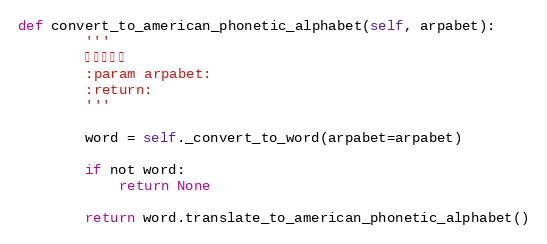
Language: Python
def convert_to_american_phonetic_alphabet(self, arpabet):
        '''
        转换成美音
        :param arpabet:
        :return:
        '''

        word = self._convert_to_word(arpabet=arpabet)

        if not word:
            return None

        return word.translate_to_american_phonetic_alphabet()